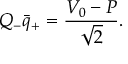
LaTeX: Q _ { - } \bar { q } _ { + } = \frac { V _ { 0 } - P } { \sqrt { 2 } } .